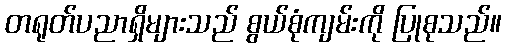
တရုတ်ပညာရှိများသည် စွယ်စုံကျမ်းကို ပြုစုသည်။